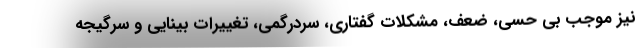
نیز موجب بی حسی، ضعف، مشکلات گفتاری، سردرگمی، تغییرات بینایی و سرگیجه